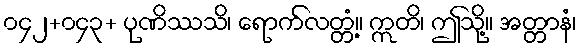
၀၄၂+၀၄၃+ ပုဏိဿသိ၊ ရောက်လတ္တံ့။ ဣတိ၊ ဤသို့။ အတ္တာနံ၊